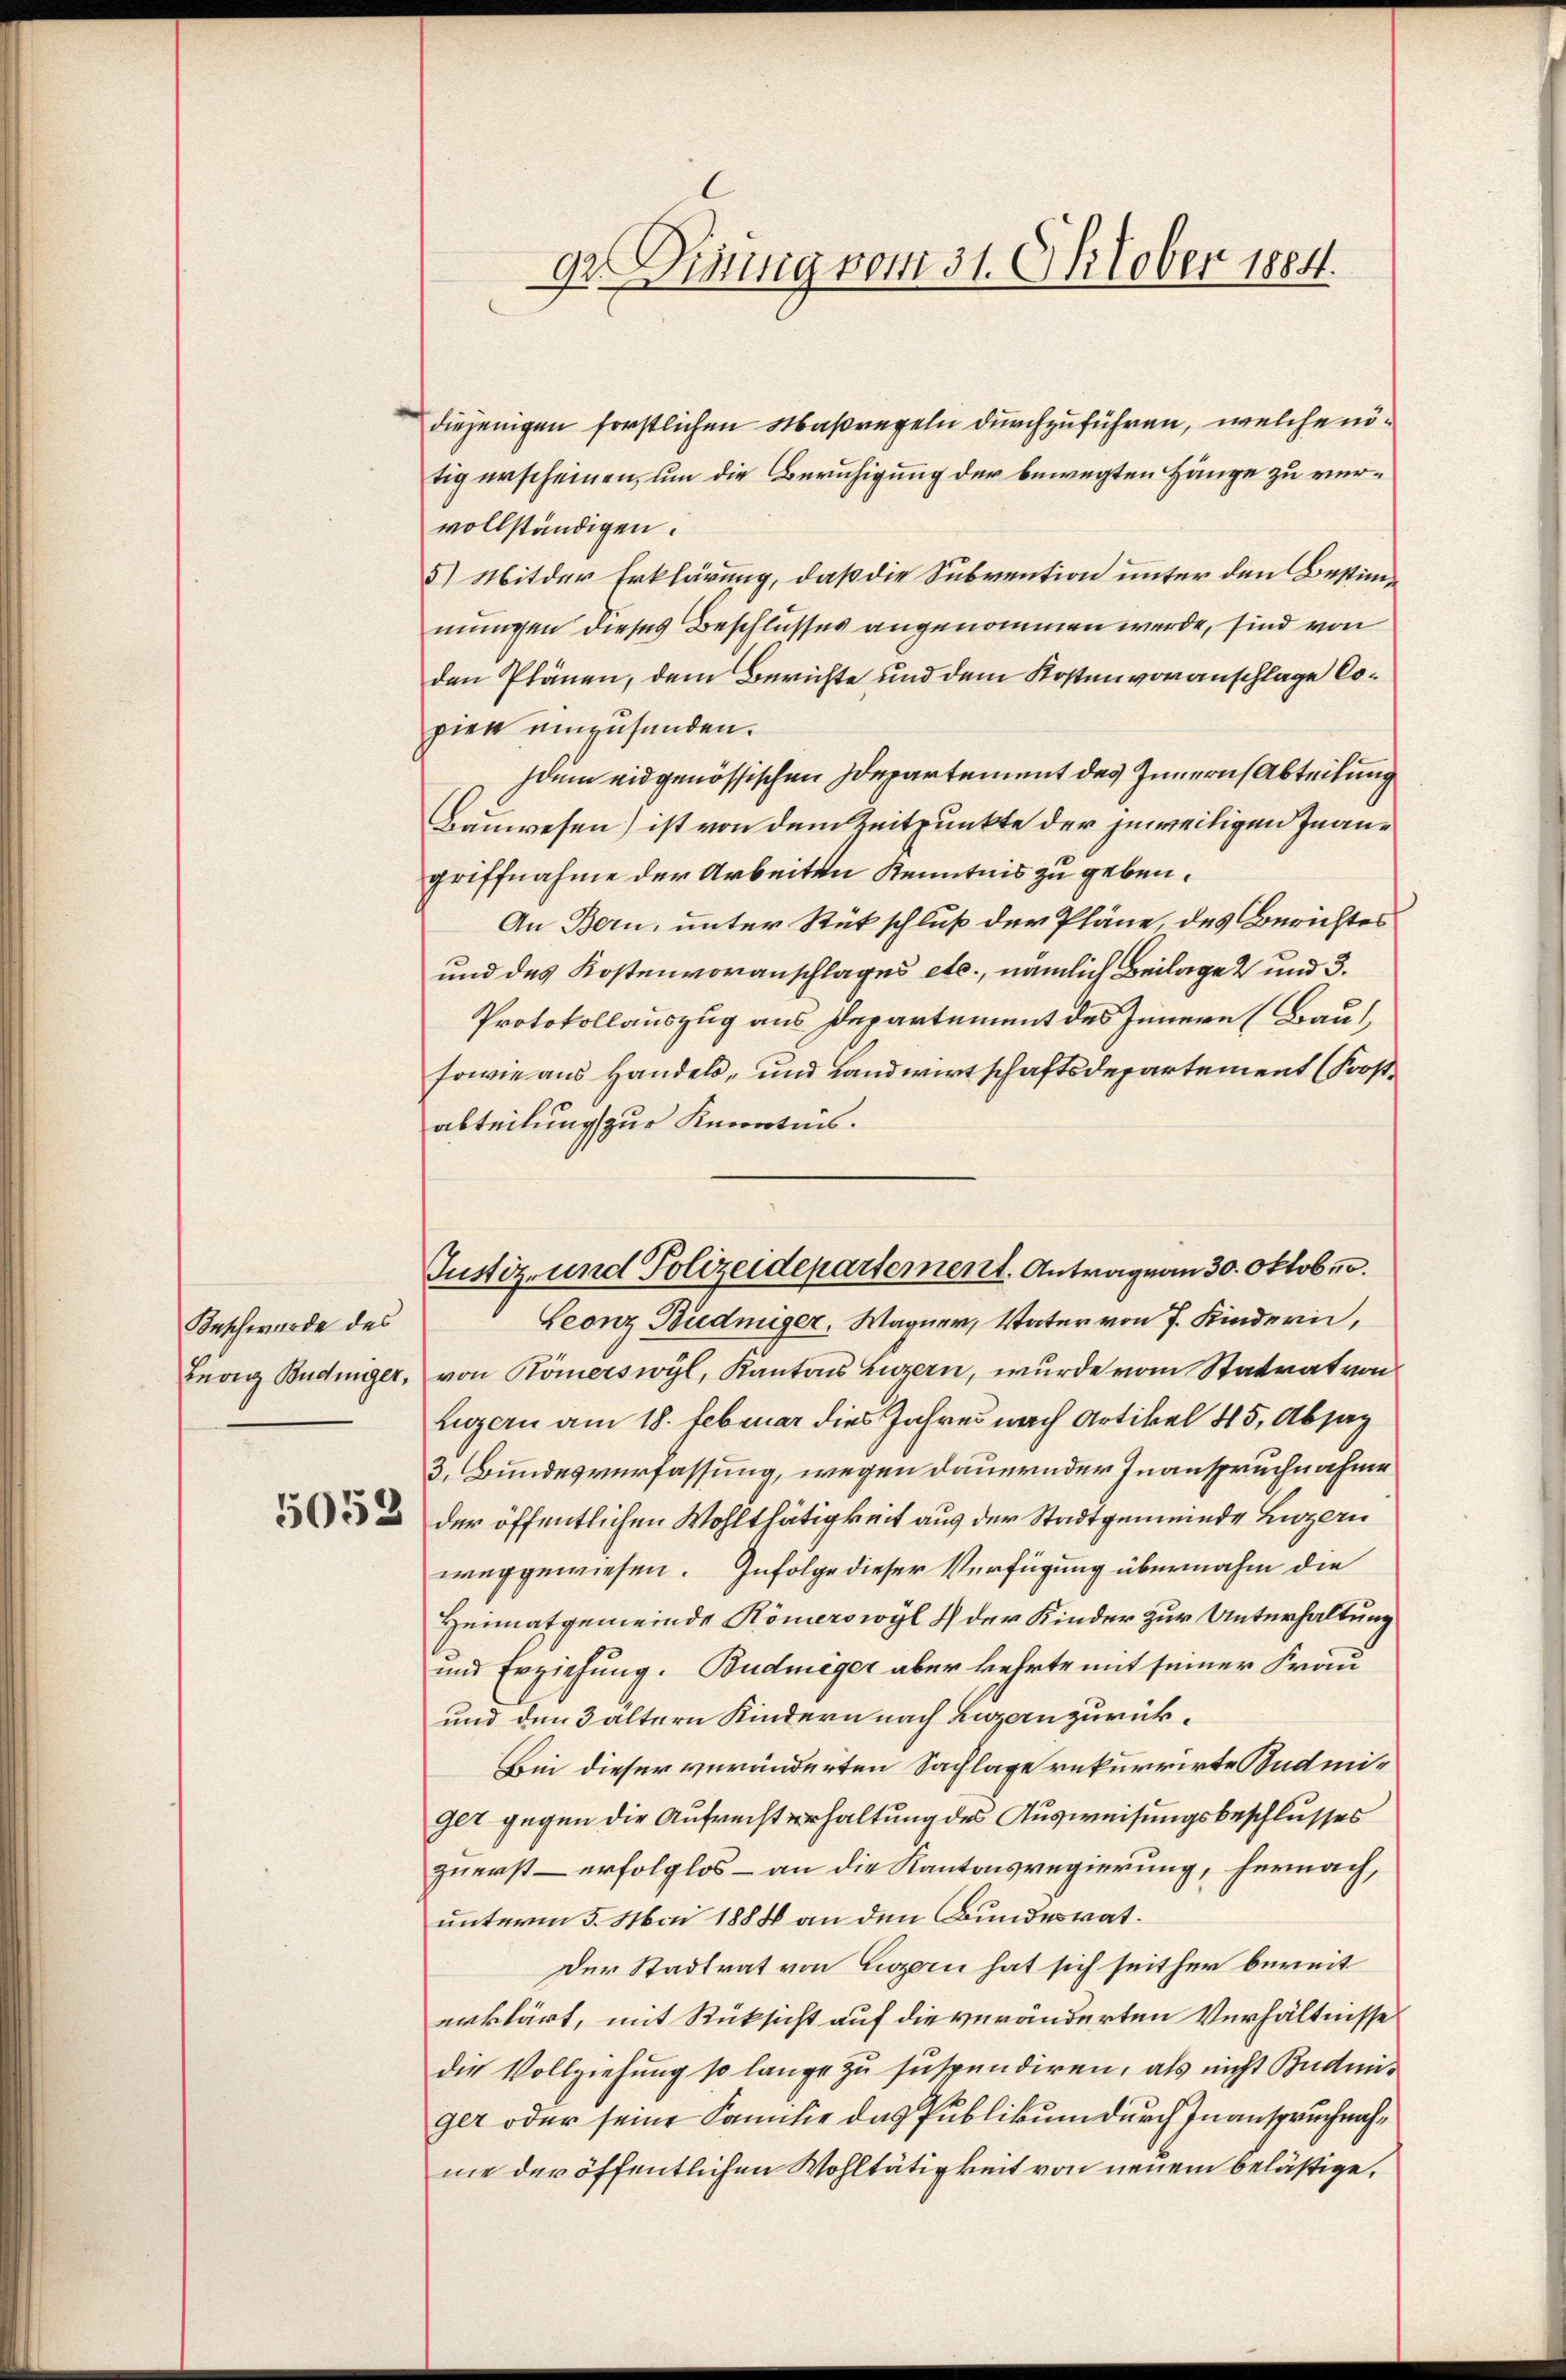
Beschwerde des
Leorg Bedinger,

5053

ge. Dinung vom 31. Oktober 1884.

diejenigen forstlichen Maßregeln durchzuführen, welche nötig erscheinen, um die Beruhigung der bewegten Hänge zu vervollständigen.
5) Mit der Erklärung, daß die Subvention unter den Bestimmungen dieses Beschlusses angenommen werde, sind von
den Plänen, dem Berichte und dem Kostenvoranschlage Copier einzusenden.
dum eidgenössischen Departement des Innern Abteilung
Bauwesen) ist von dem Zeitpunkte der jeweiligen Inangriffnahme der Arbeiten Kenntnis zu geben.
An Bern, unter Rückschluß der Pläne des Berichtes
und des Kostenvoranschlages etc., nämlich Beilage 2 und 3.
Protokollauszug aus Departement des Innern (Bau
sowie aus Handels- und Landwirtschaftsdepartement (Foostabteilung zur Kenntnis.
Leonz Budniger, Wagner, Vater von 7 Kindern,
von Homerswyl, Kantons Luzern, wurde vom Statrat von
Luzern am 18. Februar dies Jahres nach Artikel 45, Absag
3. Bundesverfassung, wegen dauernder Inanspruchnahme
der öffentlichen Wohlthätigkeit aus der Stadtgemeinde Luzern
weggewiesen. Infolge dieser Verfügung übernahm die
Heimatgemeinde Römerswyl u der Kinder zur Unterhaltung
und Erziehung. Budmeger aber kehrte mit seiner Frau
und den 3 altern Kindern nach Luzern zurück¬
Bin dieser veränderten Sachlage rekurrirte Budmi¬
Get gegen die Aufrechterhaltung des Ausweisungsbeschlusses
zuerst – erfolglos – an die Kantonsregierung, hernach,
unterm 5. Mai 1888 an den Bundesrat.
Der Stadtrat von Luzern hat sich seither bereit
erklärt, mit Rücksicht auf die veränderten Verhältnisse
die Vollziehung so lange zu suspendiren, als nicht Budmiger oder seine Familie das Publikum durch Inanspruchnahme der öffentlichen Wohltätigkeit von neuem belästige,

Justiz- und Polizeidepartement. Antragen 30. Oktobr.